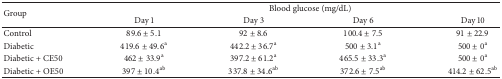
| <ROWSPAN=2> Group | <COLSPAN=4> Blood glucose (mg/dL) |
 | Day 1 | Day 3 | Day 6 | Day 10 |
 | --- | --- | --- | --- | --- |
 | Control | 89.6 ± 5.1 | 92 ± 8.6 | 100.4 ± 7.5 | 91 ± 22.9 |
 | Diabetic | 419.6 ± 49.6a | 442.2 ± 36.7a | 500 ± 3.1a | 500 ± 0a |
 | Diabetic + CE50 | 462 ± 33.9a | 397.2 ± 61.2a | 465.5 ± 33.3a | 500 ± 0a |
 | Diabetic + OE50 | 397 ± 10.4ab | 337.8 ± 34.6ab | 372.6 ± 7.5ab | 414.2 ± 62.5ab |